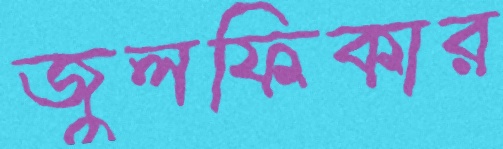
জুলফিকার